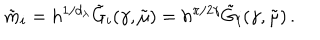
\tilde { m } _ { i } = h ^ { 1 / d _ { \lambda } } \tilde { G } _ { i } ( \gamma , \tilde { \mu } ) = h ^ { \pi / 2 \gamma } \tilde { G } _ { i } ( \gamma , \tilde { \mu } ) \, .